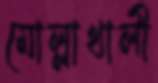
মোল্লাখালী